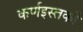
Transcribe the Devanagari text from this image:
कर्णइस्तकी